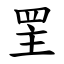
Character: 罜